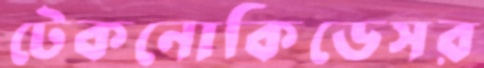
টেকনোকিডেসর